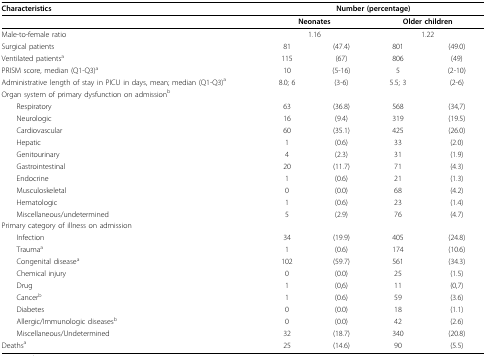
<table><thead><tr><td><b>Characteristics</b></td><td colspan="4"><b>Number (percentage)</b></td></tr></thead><tbody><tr><td></td><td colspan="2"><b>Neonates</b></td><td colspan="2"><b>Older children</b></td></tr><tr><td>Male-to-female ratio</td><td colspan="2">1.16</td><td colspan="2">1.22</td></tr><tr><td>Surgical patients</td><td>81</td><td>(47.4)</td><td>801</td><td>(49.0)</td></tr><tr><td>Ventilated patients<sup>a</sup></td><td>115</td><td>(67)</td><td>806</td><td>(49)</td></tr><tr><td>PRISM score, median (Q1-Q3)<sup>a</sup></td><td>10</td><td>(5-16)</td><td>5</td><td>(2-10)</td></tr><tr><td>Administrative length of stay in PICU in days, mean; median (Q1-Q3)<sup>a</sup></td><td>8.0; 6</td><td>(3-6)</td><td>5.5; 3</td><td>(2-6)</td></tr><tr><td>Organ system of primary dysfunction on admission<sup>b</sup></td><td></td><td></td><td></td><td></td></tr><tr><td> Respiratory</td><td>63</td><td>(36.8)</td><td>568</td><td>(34,7)</td></tr><tr><td> Neurologic</td><td>16</td><td>(9.4)</td><td>319</td><td>(19.5)</td></tr><tr><td> Cardiovascular</td><td>60</td><td>(35.1)</td><td>425</td><td>(26.0)</td></tr><tr><td> Hepatic</td><td>1</td><td>(0.6)</td><td>33</td><td>(2.0)</td></tr><tr><td> Genitourinary</td><td>4</td><td>(2.3)</td><td>31</td><td>(1.9)</td></tr><tr><td> Gastrointestinal</td><td>20</td><td>(11.7)</td><td>71</td><td>(4.3)</td></tr><tr><td> Endocrine</td><td>1</td><td>(0.6)</td><td>21</td><td>(1.3)</td></tr><tr><td> Musculoskeletal</td><td>0</td><td>(0.0)</td><td>68</td><td>(4.2)</td></tr><tr><td> Hematologic</td><td>1</td><td>(0.6)</td><td>23</td><td>(1.4)</td></tr><tr><td> Miscellaneous/undetermined</td><td>5</td><td>(2.9)</td><td>76</td><td>(4.7)</td></tr><tr><td>Primary category of illness on admission</td><td></td><td></td><td></td><td></td></tr><tr><td> Infection</td><td>34</td><td>(19.9)</td><td>405</td><td>(24.8)</td></tr><tr><td> Trauma<sup>a</sup></td><td>1</td><td>(0.6)</td><td>174</td><td>(10.6)</td></tr><tr><td> Congenital disease<sup>a</sup></td><td>102</td><td>(59.7)</td><td>561</td><td>(34.3)</td></tr><tr><td> Chemical injury</td><td>0</td><td>(0.0)</td><td>25</td><td>(1.5)</td></tr><tr><td> Drug</td><td>1</td><td>(0,6)</td><td>11</td><td>(0,7)</td></tr><tr><td> Cancer<sup>b</sup></td><td>1</td><td>(0.6)</td><td>59</td><td>(3.6)</td></tr><tr><td> Diabetes</td><td>0</td><td>(0.0)</td><td>18</td><td>(1.1)</td></tr><tr><td> Allergic/Immunologic diseases<sup>b</sup></td><td>0</td><td>(0.0)</td><td>42</td><td>(2.6)</td></tr><tr><td> Miscellaneous/Undetermined</td><td>32</td><td>(18.7)</td><td>340</td><td>(20.8)</td></tr><tr><td>Deaths<sup>a</sup></td><td>25</td><td>(14.6)</td><td>90</td><td>(5.5)</td></tr></tbody></table>